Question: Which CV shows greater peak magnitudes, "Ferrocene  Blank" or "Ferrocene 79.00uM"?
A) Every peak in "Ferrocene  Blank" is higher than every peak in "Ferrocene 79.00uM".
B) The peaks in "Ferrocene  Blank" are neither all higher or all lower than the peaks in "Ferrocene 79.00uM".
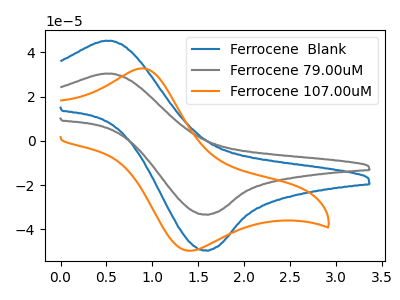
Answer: <think>The blue curve "Ferrocene  Blank" has an anodic peak at (0.55V, 45.25uA) and a cathodic peak at (1.55V, -49.45uA). The gray curve "Ferrocene 79.00uM" has an anodic peak at (0.55V, 30.40uA) and a cathodic peak at (1.55V, -33.25uA). The orange curve "Ferrocene 107.00uM" has an anodic peak at (0.90V, 32.80uA) and a cathodic peak at (1.45V, -49.60uA).</think>
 <answer>A) Every peak in "Ferrocene  Blank" is higher than every peak in "Ferrocene 79.00uM".</answer>
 <eval>A</eval>